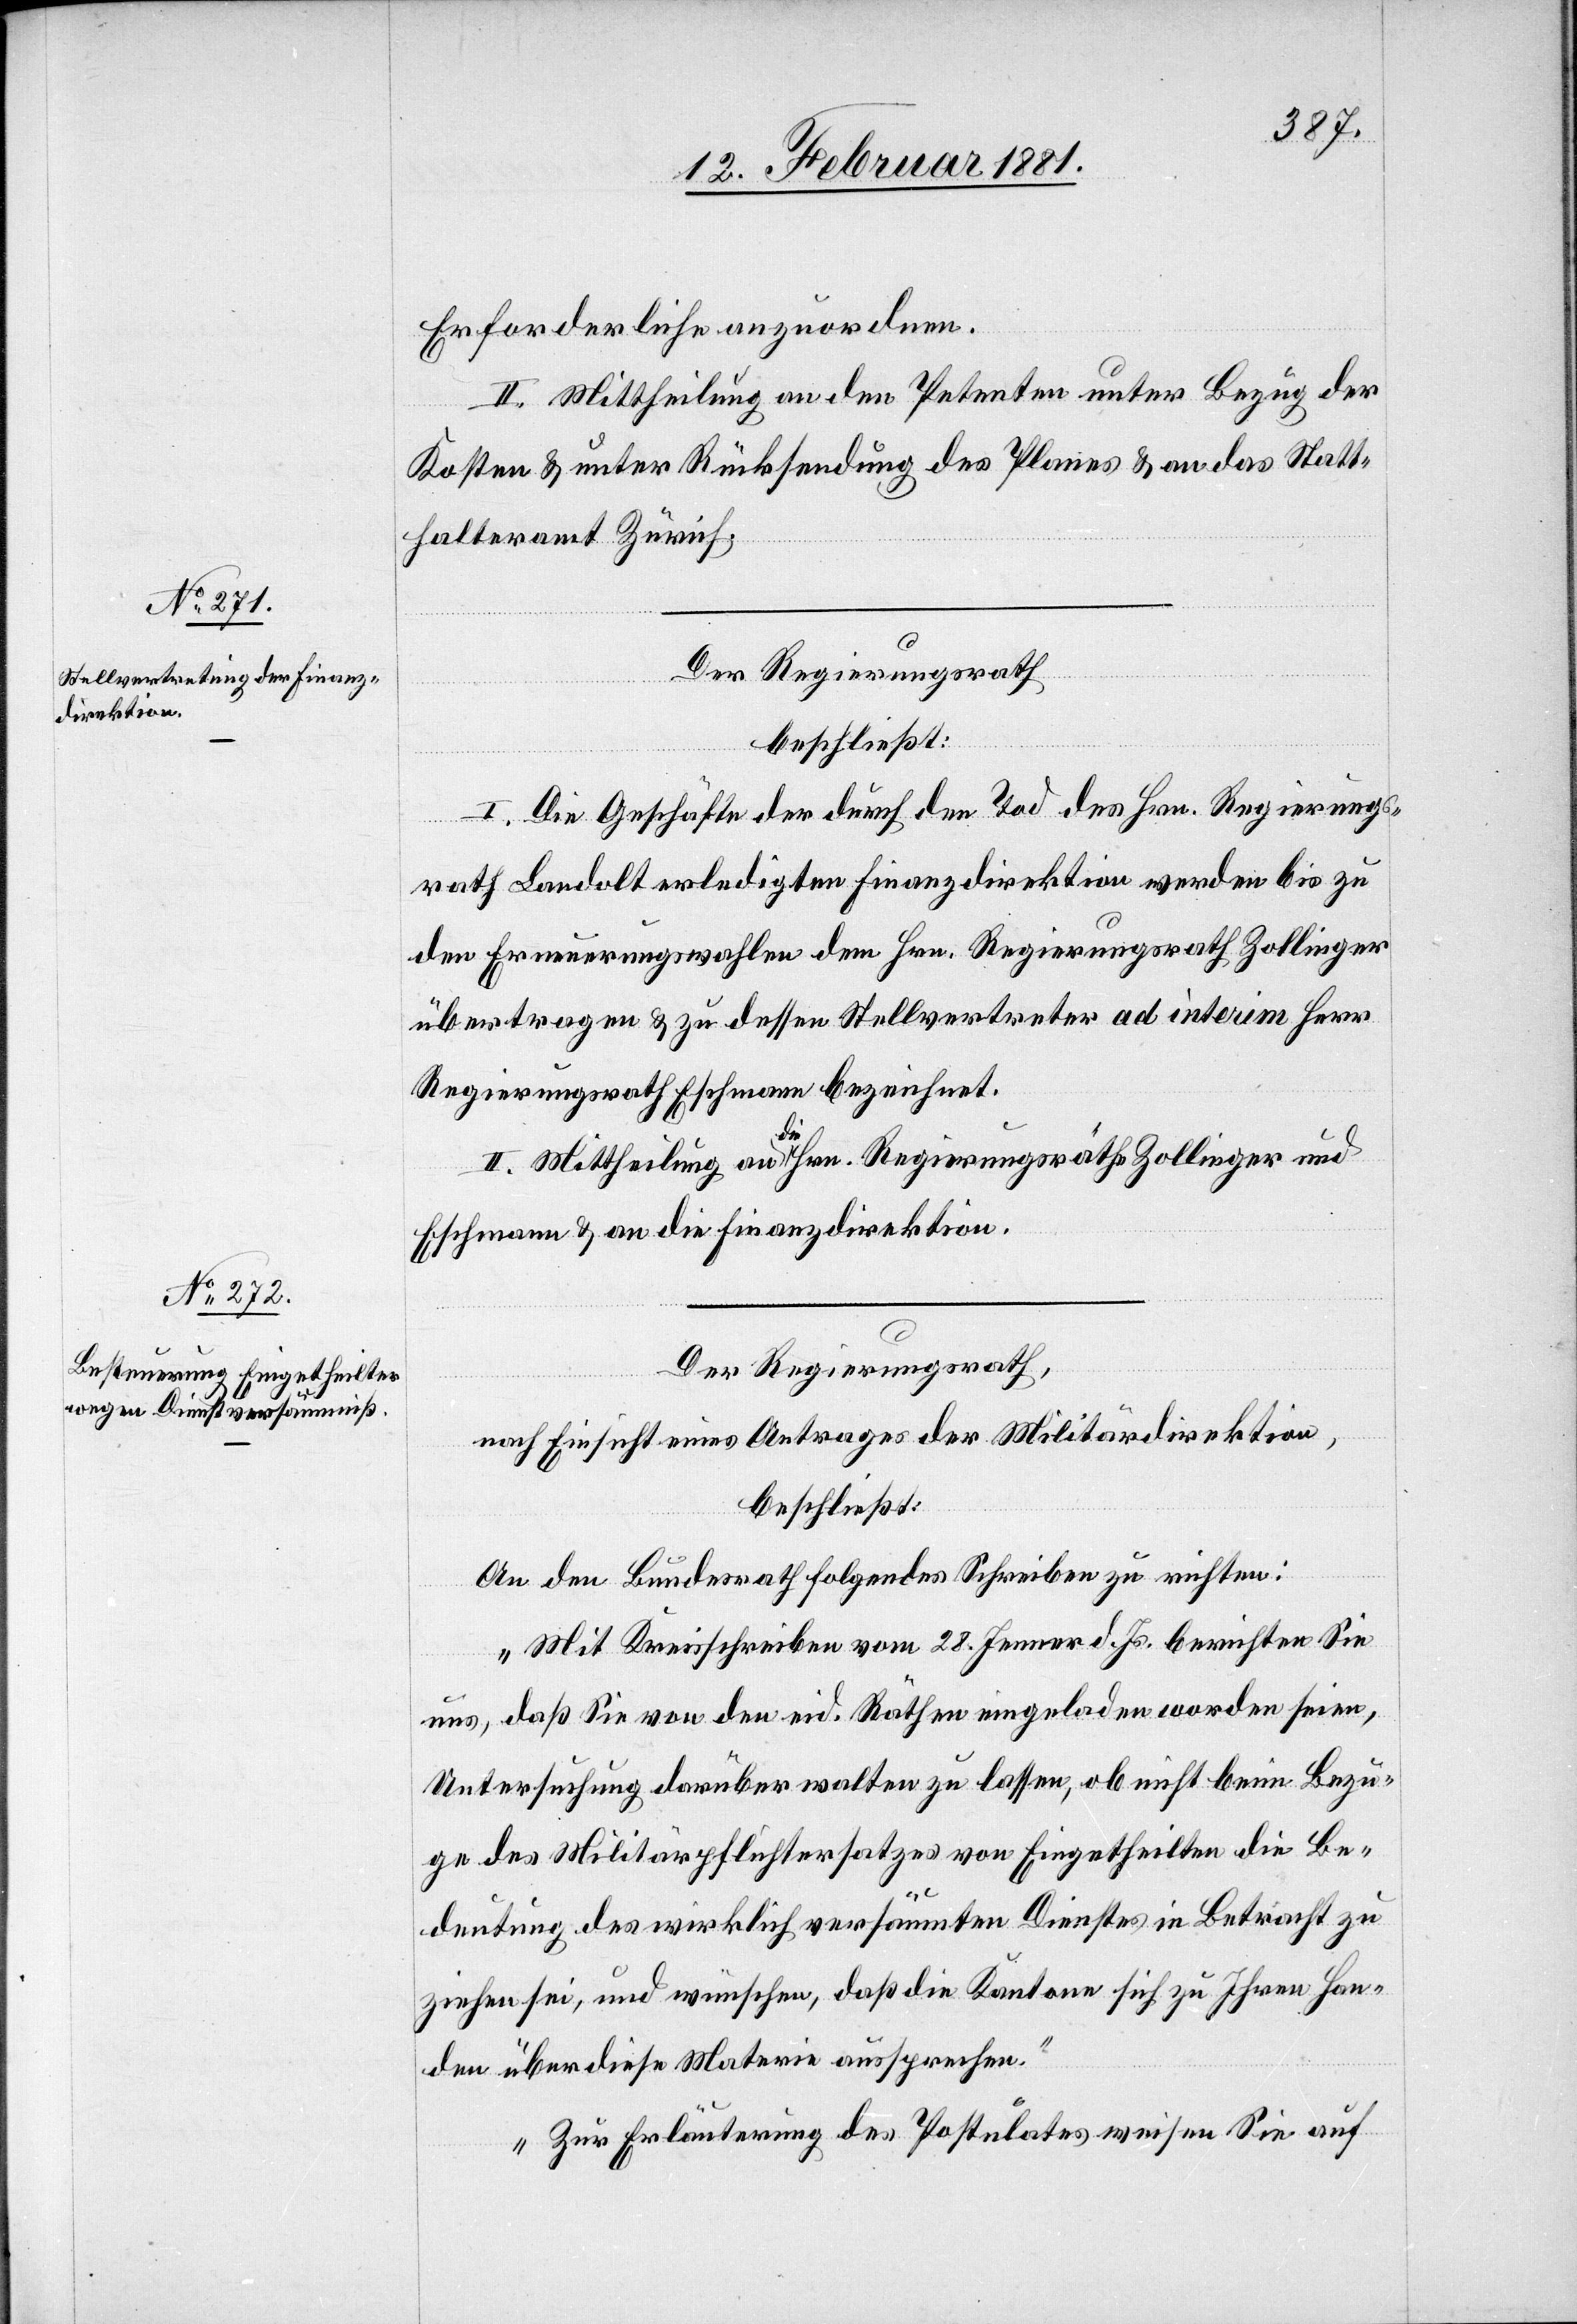
Erforderliche anzuordnen.
II. Mittheilung an den Petenten unter Bezug der
Kosten & unter Rücksendung des Planes & an das Statt¬
halteramt Zürich.
Der Regierungsrath
beschließt:
I. Die Geschäfte der durch den Tod des Hrn. Regierungs¬
rath Landolt erledigten Finanzdirektion werden bis zu
den Erneuerungswahlen dem Hrn. Regierungsrath Zollinger
übertragen & zu dessen Stellvertreter ad interim Herr
Regierungsrath Eschmann bezeichnet.
II. Mittheilung an die Hrn. Regierungsräthe Zollinger und
Eschmann & an die Finanzdirektion.
Der Regierungsrath,
nach Einsicht eines Antrages der Militärdirektion,
beschließt:
An den Bundesrath folgendes Schreiben zu richten:
„Mit Kreisschreiben vom 28. Jenner d. Js. berichten Sie
uns, daß Sie von den eid. Räthen eingeladen worden seien,
Untersuchung darüber walten zu lassen, ob nicht beim Bezu¬
ge des Militärpflichtersatzes von Eingetheilten die Be¬
deutung des wirklich versäumten Dienstes in Betracht zu
ziehen sei, und wünschen, daß die Kantone sich zu Ihren Han¬
den über diese Materie aussprechen.
Zur Erläuterung des Postulates weisen Sie auf